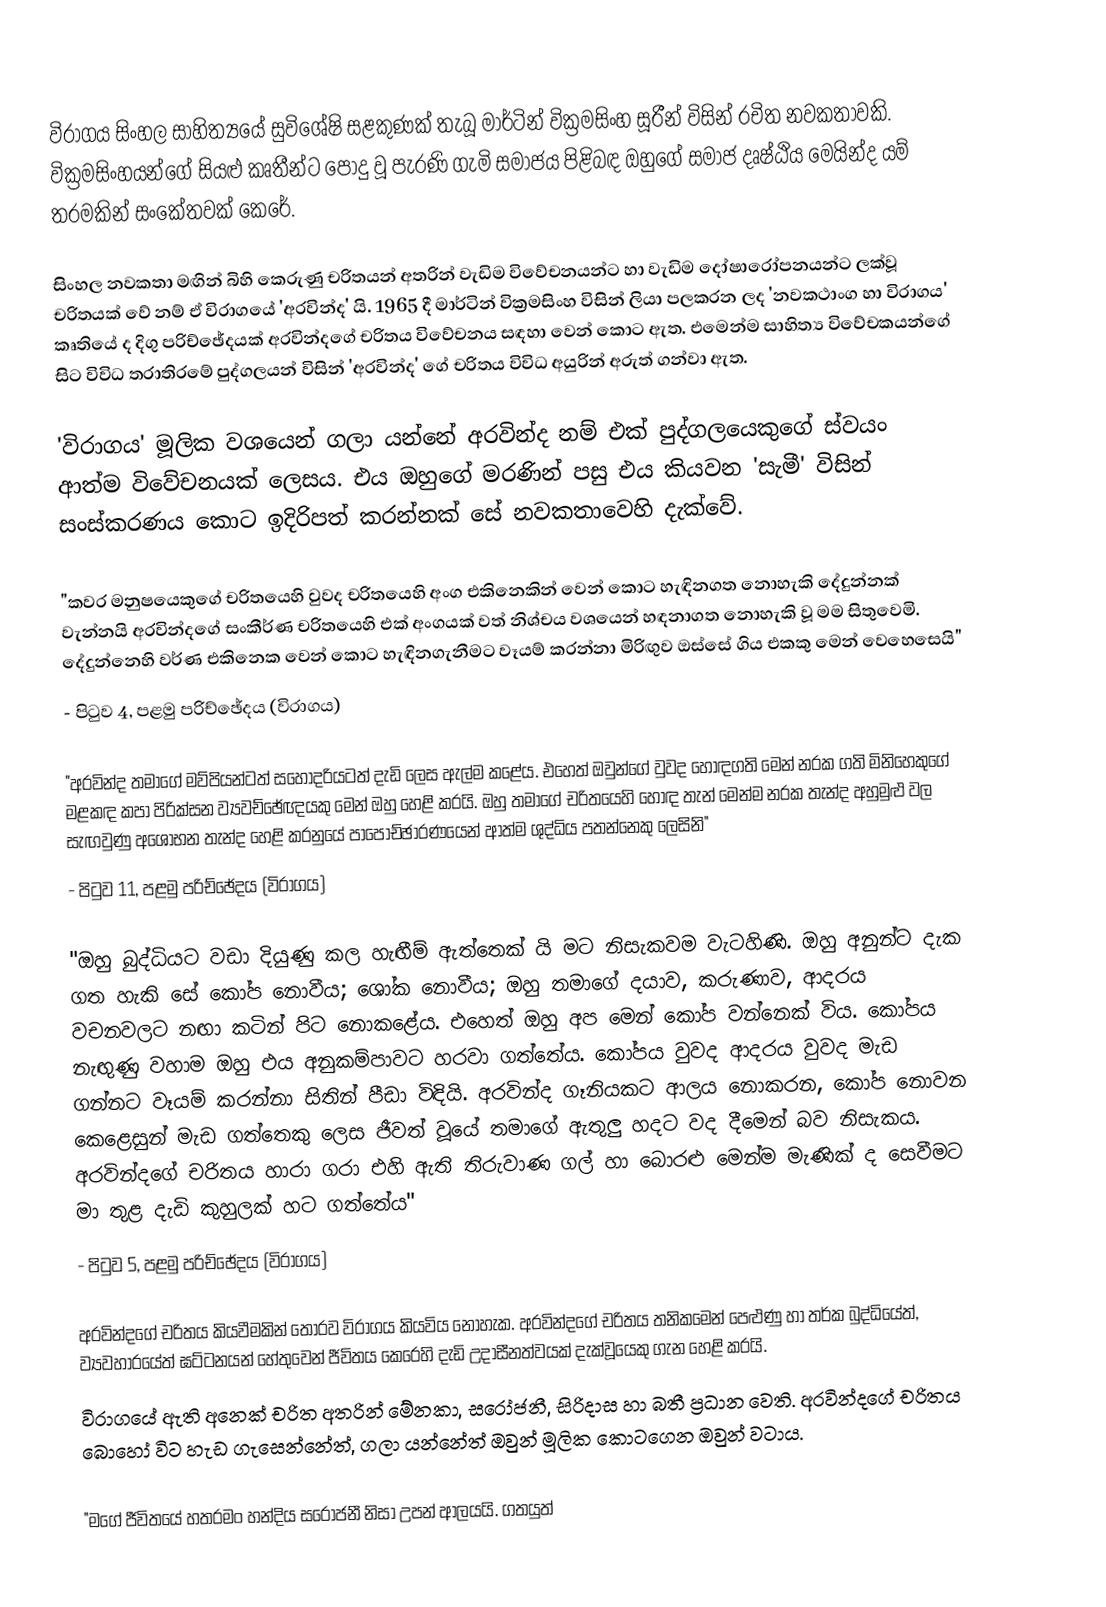
විරාගය සිංහල සාහිත්‍යයේ සුවිශේෂි සළකුණක් තැබූ මාර්ටින් වික්‍රමසිංහ සූරීන් විසින් රචිත නවකතාවකි. වික්‍රමසිංහයන්ගේ සියළු කෘතීන්ට පොදු වූ පැරණි ගැමි සමාජය පිළිබඳ ඔහුගේ සමාජ දෘෂ්ඨිය මෙයින්ද යම් තරමකින් සංකේතවක් කෙරේ.

සිංහල නවකතා මඟින් බිහි කෙරුණු චරිතයන් අතරින් වැඩිම විවේචනයන්ට හා වැඩිම දෝෂාරෝපනයන්ට ලක්වූ චරිතයක් වේ නම් ඒ විරාගයේ 'අරවින්ද' යි. 1965 දී මාර්ටින් වික්‍රමසිංහ විසින් ලියා පලකරන ලද 'නවකථාංග හා විරාගය' කෘතියේ ද දිගු පරිච්ඡේදයක් අරවින්දගේ චරිතය විවේචනය සඳහා වෙන් කොට ඇත. එමෙන්ම සාහිත්‍ය විවේචකයන්ගේ සිට විවිධ තරාතිරමේ පුද්ගලයන් විසින් 'අරවින්ද' ගේ චරිතය විවිධ අයුරින් අරුත් ගන්වා ඇත.

'විරාගය' මූලික වශයෙන් ගලා යන්නේ අරවින්ද නම් එක් පුද්ගලයෙකුගේ ස්වයං ආත්ම විවේචනයක් ලෙසය. එය ඔහුගේ මරණින් පසු එය කියවන 'සැමී' විසින් සංස්කරණය කොට ඉදිරිපත් කරන්නක් සේ නවකතාවෙහි දැක්වේ.

"කවර මනුෂයෙකුගේ චරිතයෙහි වුවද චරිතයෙහි අංග එකිනෙකින් වෙන් කොට හැඳිනගත නොහැකි දේදුන්නක් වැන්නයි අරවින්දගේ සංකීර්ණ චරිතයෙහි එක් අංගයක් වත් නිශ්චය වශයෙන් හඳනාගත නොහැකි වූ මම සිතුවෙමි. දේදුන්නෙහි වර්ණ එකිනෙක වෙන් කොට හැඳිනගැනීමට වෑයම් කරන්නා මිරිඟුව ඔස්සේ ගිය එකකු මෙන් වෙහෙසෙයි"
- පිටුව 4, පළමු පරිච්ඡේදය (විරාගය)

"අරවින්ද තමාගේ මව්පියන්ටත් සහෝදරියටත් දැඩි ලෙස ඇල්ම කළේය. එහෙත් ඔවුන්ගේ වුවද හොඳගති මෙන් නරක ගති මිනිහෙකුගේ මළකඳ කපා පිරික්සන ව්‍යවච්ඡේඥයකු මෙන් ඔහු හෙළි කරයි. ඔහු තමාගේ චරිතයෙහි හොඳ තැන් මෙන්ම නරක තැන්ද අහුමුළු වල සැඟවුණු අශෝභන තැන්ද හෙළි කරනුයේ පාපෝච්ඡාරණයෙන් ආත්ම ශුද්ධිය පතන්නෙකු ලෙසිනි"
- පිටුව 11, පළමු පරිච්ඡේදය (විරාගය)

"ඔහු බුද්ධියට වඩා දියුණු කල හැඟීම් ඇත්තෙක් යි මට නිසැකවම වැටහිණි. ඔහු අනුන්ට දැක ගත හැකි සේ කෝප නොවීය; ශෝක නොවීය; ඔහු තමාගේ දයාව, කරුණාව, ආදරය වචනවලට නඟා කටින් පිට නොකළේය. එහෙත් ඔහු අප මෙන් කෝප වන්නෙක් විය. කෝපය නැඟුණු වහාම ඔහු එය අනුකම්පාවට හරවා ගත්තේය. කෝපය වුවද ආදරය වුවද මැඩ ගන්නට වෑයම් කරන්නා සිතින් පීඩා විඳියි. අරවින්ද ගෑනියකට ආලය නොකරන, කෝප නොවන කෙළෙසුන් මැඩ ගත්තෙකු ලෙස ජීවත් වූයේ තමාගේ ඇතුලු හදට වද දීමෙන් බව නිසැකය. අරවින්දගේ චරිතය හාරා ගරා එහි ඇති තිරුවාණ ගල් හා බොරළු මෙන්ම මැණික් ද සෙවීමට මා තුළ දැඩි කුහුලක් හට ගත්තේය"
- පිටුව 5, පළමු පරිච්ඡේදය (විරාගය)

අරවින්දගේ චරිතය කියවීමකින් තොරව විරාගය කියවිය නොහැක. අරවින්දගේ චරිතය තනිකමෙන් පෙළුණු හා තර්ක බුද්ධියේත්, ව්‍යවහාරයේත් ඝට්ටනයන් හේතුවෙන් ජීවිතය කෙරෙහි දැඩි උදාසීනත්වයක් දැක්වූයෙකු ගැන හෙළි කරයි.
විරා‍ගයේ ඇති අනෙක් චරිත අතරින් මේනකා, සරෝජනී, සිරිදාස හා බතී ප්‍රධාන වෙති. අරවින්දගේ චරිතය බොහෝ විට හැඩ ගැසෙන්නේත්, ගලා යන්නේත් ඔවුන් මූලික කොටගෙන ඔවුන් වටාය.

"මගේ ජීවිතයේ හතරමං හන්දිය සරෝජනී නිසා උපන් ආලයයි. ගතයුත්